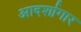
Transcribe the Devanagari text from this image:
आदर्शागार